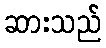
ဆားသည်